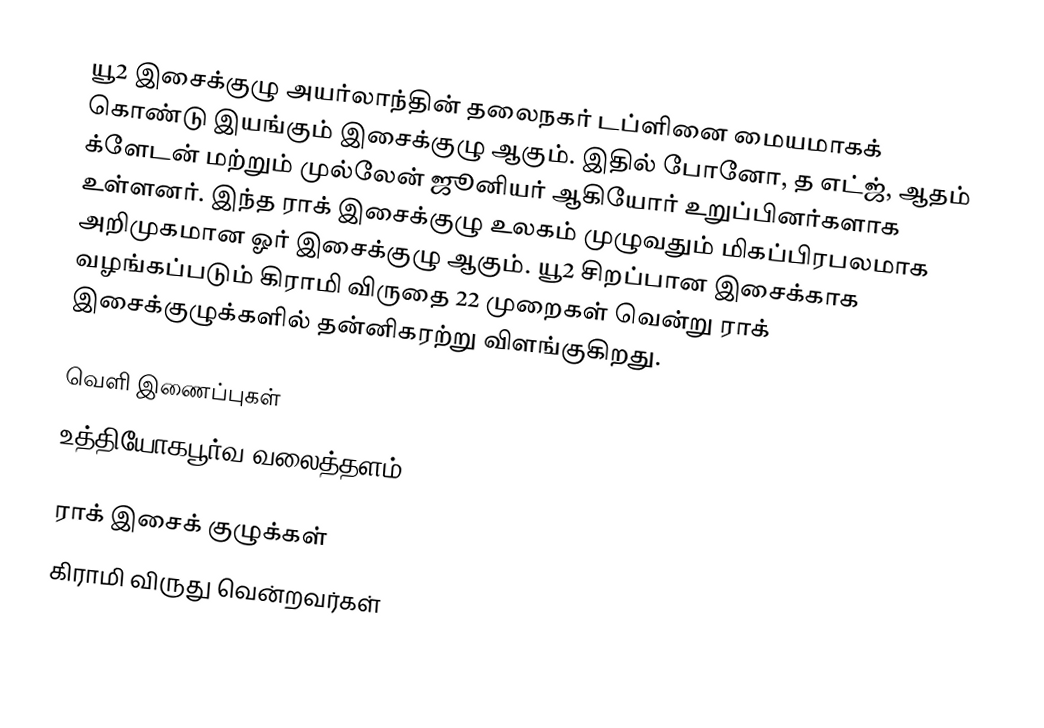
யூ2 இசைக்குழு அயர்லாந்தின் தலைநகர் டப்ளினை மையமாகக் கொண்டு இயங்கும் இசைக்குழு ஆகும். இதில் போனோ, த எட்ஜ், ஆதம் க்ளேடன் மற்றும் முல்லேன் ஜூனியர் ஆகியோர் உறுப்பினர்களாக உள்ளனர். இந்த ராக் இசைக்குழு உலகம் முழுவதும் மிகப்பிரபலமாக அறிமுகமான ஓர் இசைக்குழு ஆகும். யூ2 சிறப்பான இசைக்காக வழங்கப்படும் கிராமி விருதை 22 முறைகள் வென்று ராக் இசைக்குழுக்களில் தன்னிகரற்று விளங்குகிறது.

வெளி இணைப்புகள்
 உத்தியோகபூர்வ வலைத்தளம்

ராக் இசைக் குழுக்கள்
கிராமி விருது வென்றவர்கள்